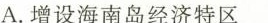
A.增设海南岛经济特区